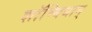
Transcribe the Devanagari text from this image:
शाॅम्बिधान्